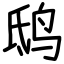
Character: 鸱